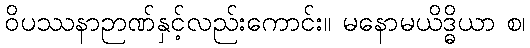
ဝိပဿနာဉာဏ်နှင့်လည်းကောင်း။ မနောမယိဒ္ဓိယာ စ၊